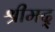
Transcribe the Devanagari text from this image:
श्रीमद्‍